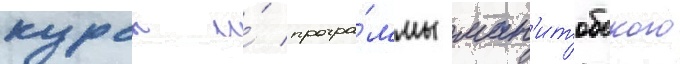
курсы и́ програ́ммы ман'итобского